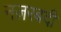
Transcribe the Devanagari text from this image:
नज़रबदी